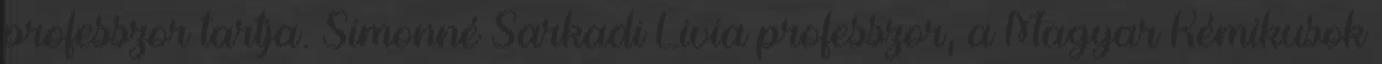
professzor tartja. Simonné Sarkadi Livia professzor, a Magyar Kémikusok